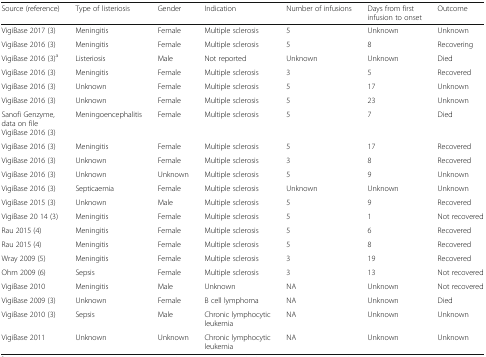
| Source (reference) | Type of listeriosis | Gender | Indication | Number of infusions | Days from first infusion to onset | Outcome |
 | --- | --- | --- | --- | --- | --- | --- |
 | VigiBase 2017 (3) | Meningitis | Female | Multiple sclerosis | 5 | Unknown | Unknown |
 | VigiBase 2016 (3) | Meningitis | Female | Multiple sclerosis | 5 | 8 | Recovering |
 | VigiBase 2016 (3)a | Listeriosis | Male | Not reported | Unknown | Unknown | Died |
 | VigiBase 2016 (3) | Meningitis | Female | Multiple sclerosis | 3 | 5 | Recovered |
 | VigiBase 2016 (3) | Unknown | Female | Multiple sclerosis | 5 | 17 | Unknown |
 | VigiBase 2016 (3) | Unknown | Female | Multiple sclerosis | 5 | 23 | Unknown |
 | Sanofi Genzyme, data on fileVigiBase 2016 (3) | Meningoencephalitis | Female | Multiple sclerosis | 5 | 7 | Died |
 | VigiBase 2016 (3) | Meningitis | Female | Multiple sclerosis | 5 | 17 | Recovered |
 | VigiBase 2016 (3) | Unknown | Female | Multiple sclerosis | 3 | 8 | Recovered |
 | VigiBase 2016 (3) | Unknown | Unknown | Multiple sclerosis | 5 | 9 | Unknown |
 | VigiBase 2016 (3) | Septicaemia | Female | Multiple sclerosis | Unknown | Unknown | Unknown |
 | VigiBase 2015 (3) | Unknown | Male | Multiple sclerosis | 5 | 9 | Recovered |
 | VigiBase 20 14 (3) | Meningitis | Female | Multiple sclerosis | 5 | 1 | Not recovered |
 | Rau 2015 (4) | Meningitis | Female | Multiple sclerosis | 5 | 6 | Recovered |
 | Rau 2015 (4) | Meningitis | Female | Multiple sclerosis | 5 | 8 | Recovered |
 | Wray 2009 (5) | Meningitis | Female | Multiple sclerosis | 3 | 19 | Recovered |
 | Ohm 2009 (6) | Sepsis | Female | Multiple sclerosis | 3 | 13 | Not recovered |
 | VigiBase 2010 | Meningitis | Male | Unknown | NA | Unknown | Not recovered |
 | VigiBase 2009 (3) | Unknown | Female | B cell lymphoma | NA | Unknown | Died |
 | VigiBase 2010 (3) | Sepsis | Male | Chronic lymphocytic leukemia | NA | Unknown | Unknown |
 | VigiBase 2011 | Unknown | Unknown | Chronic lymphocytic leukemia | NA | Unknown | Unknown |